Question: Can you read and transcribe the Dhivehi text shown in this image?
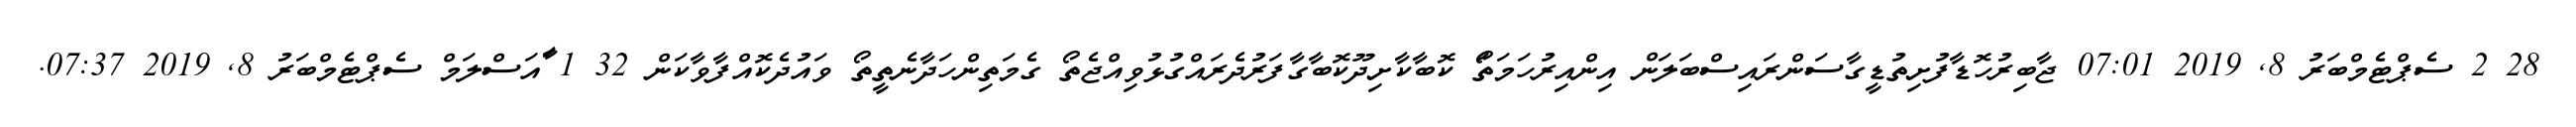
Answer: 28 2 ސެޕްޓެމްބަރު 8, 2019 07:01 ޖާބިރުހޮޑާފުށިތުޑީގާސަންރައިސްބަލަން އިންއިރުހަމަތަޯ ކޮބާކާށިދޫކޮބާގާފަރުދެރައްގުޅުވިއްޖެތޯ ގެމަތިންހަދާނެތީތޯ ވައުދެކޮއްފާވާކަން 32 1 ާައަސްލަމް ސެޕްޓެމްބަރު 8, 2019 07:37.